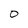
Character: O